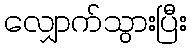
လျှောက်သွားပြီး